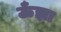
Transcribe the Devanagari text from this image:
ऊँझा